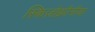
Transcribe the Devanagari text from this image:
स्किज़ोफ़्रीनीया